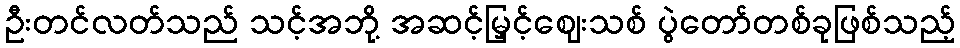
ဦးတင်လတ်သည် သင့်အဘို့ အဆင့်မြှင့်ဈေးသစ် ပွဲတော်တစ်ခုဖြစ်သည့်